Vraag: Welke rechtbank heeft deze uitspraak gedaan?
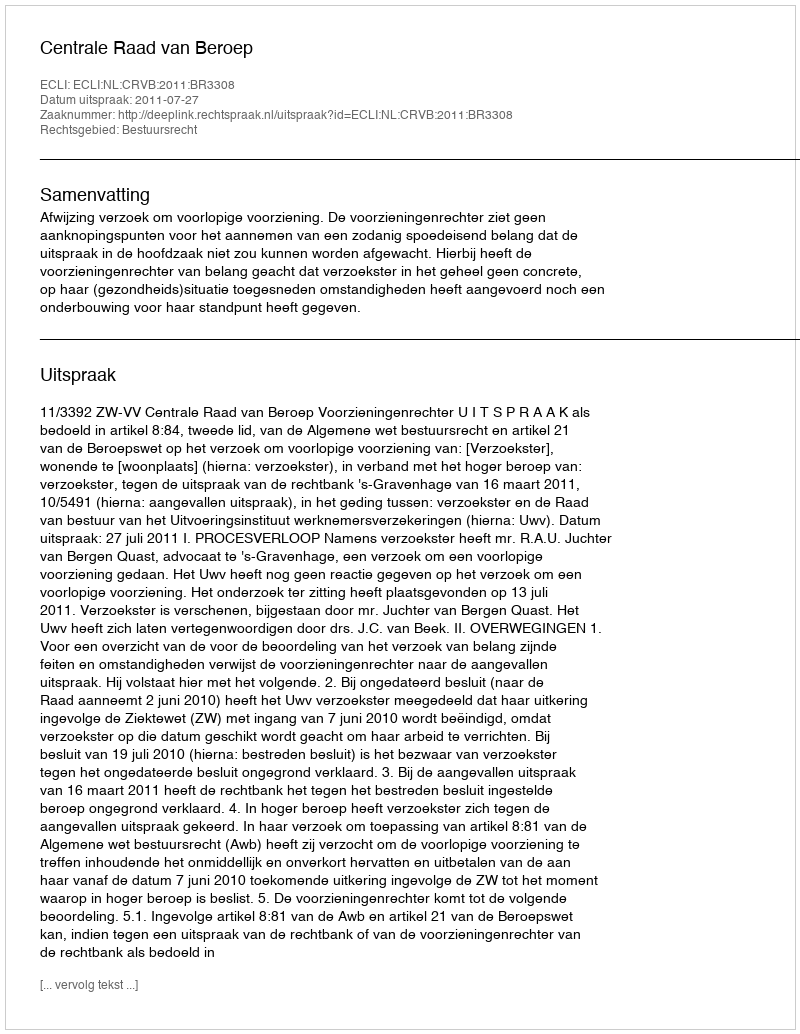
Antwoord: Centrale Raad van Beroep